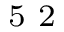
^ \textrm { \scriptsize 5 2 }